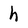
Character: h